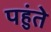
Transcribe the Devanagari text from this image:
पहुंते